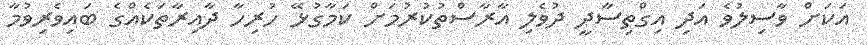
އަކަށް ވާސިލުވެ އަދި އިގްތިސާދީ ދުވެލި އާރާސްތުކުރުމަށް ކަމާގުޅޭ ހުރިހާ ދާއިރާތަކެއްގެ ބައިވެރިވުމާ